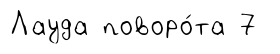
Лауда поворо́та 7